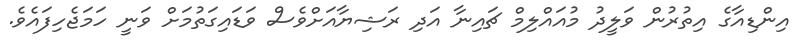
އިންޑިއާގެ އިތުރުން ވަލީދު މުއައްލިމް ޗައިނާ އަދި ރަޝިޔާއަށްވެސް ވަޑައިގަތުމަށް ވަނީ ހަމަޖެހިފައެވެ.